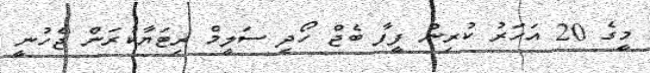
މީގެ 20 އަހަރު ކުރިން ފީފާ ބެޖް ހޯދި ސަލީމް ރިޓަޔާކުރަން ޖެހުނީ